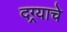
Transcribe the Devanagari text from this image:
दग्र्याचे